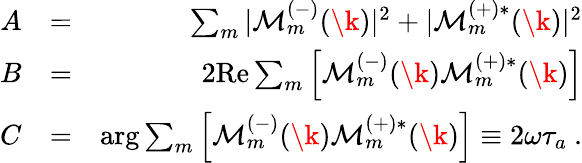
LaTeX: \begin{array}{rlr}{A}&{=}&{\sum_{m}|{\cal M}_{m}^{(-)}(\k)|^{2}+|{\cal M}_{m}^{(+)*}(\k)|^{2}}\\ {B}&{=}&{2\mathrm{Re}\sum_{m}\left[{\cal M}_{m}^{(-)}(\k){\cal M}_{m}^{(+)*}(\k)\right]}\\ {C}&{=}&{\arg\sum_{m}\left[{\cal M}_{m}^{(\mathrm{-)}}(\k){\cal M}_{m}^{(\mathrm{+)*}}(\k)\right]\equiv 2\omega\tau_{a}\ .}\end{array}